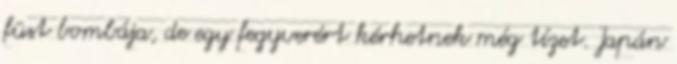
füst bombája, de egy fegyverért kérhetnek még tízet. Japán